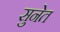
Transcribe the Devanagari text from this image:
सुनेत